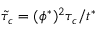
\tilde { \tau } _ { c } = { ( \phi ^ { * } ) ^ { 2 } } \tau _ { c } / { t ^ { * } }